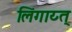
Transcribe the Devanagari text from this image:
लिंगाय्त्